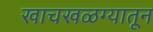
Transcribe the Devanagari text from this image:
खाचखळग्यातून